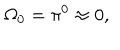
\Omega _ { 0 } = \pi ^ { 0 } \approx 0 ,